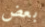
بعض